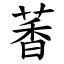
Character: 萫